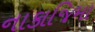
નાકાજિમા